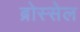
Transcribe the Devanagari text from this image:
ब्रोस्सेल